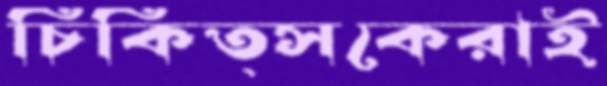
চিকিত্সকেরাই